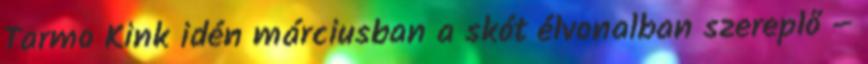
Tarmo Kink idén márciusban a skót élvonalban szereplő –